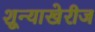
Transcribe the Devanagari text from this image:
शून्याखेरीज